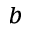
^ b